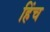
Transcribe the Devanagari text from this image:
हिंच